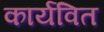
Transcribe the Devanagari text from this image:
कार्यवित